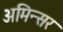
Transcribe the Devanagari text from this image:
अमिन्सर